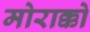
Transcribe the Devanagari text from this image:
मोराक्को